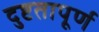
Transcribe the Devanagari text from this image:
दुष्टतापूर्ण